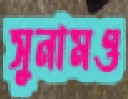
সুনামও